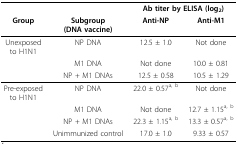
<table><thead><tr><td></td><td></td><td colspan="2"><b>Ab titer by ELISA (log<sub>2</sub>)</b></td></tr><tr><td><b>Group</b></td><td><b>Subgroup(DNA vaccine)</b></td><td><b>Anti-NP</b></td><td><b>Anti-M1</b></td></tr></thead><tbody><tr><td>Unexposedto H1N1</td><td>NP DNA</td><td>12.5 ± 1.0</td><td>Not done</td></tr><tr><td></td><td>M1 DNA</td><td>Not done</td><td>10.0 ± 0.81</td></tr><tr><td></td><td>NP + M1 DNAs</td><td>12.5 ± 0.58</td><td>10.5 ± 1.29</td></tr><tr><td>Pre-exposedto H1N1</td><td>NP DNA</td><td>22.0 ± 0.57<sup>a, b</sup></td><td>Not done</td></tr><tr><td></td><td>M1 DNA</td><td>Not done</td><td>12.7 ± 1.15<sup>a, b</sup></td></tr><tr><td></td><td>NP + M1 DNAs</td><td>22.3 ± 1.15<sup>a, b</sup></td><td>13.3 ± 0.57<sup>a, b</sup></td></tr><tr><td></td><td>Unimmunized control</td><td>17.0 ± 1.0</td><td>9.33 ± 0.57</td></tr></tbody></table>